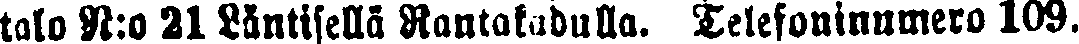
talo N:o 21 Läntisellä Rantakadulla. Telefoninumero 109.